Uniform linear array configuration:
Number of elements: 8
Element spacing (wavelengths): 1
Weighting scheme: binomial
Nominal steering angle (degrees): -60
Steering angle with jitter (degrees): -59.938
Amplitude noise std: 0.05
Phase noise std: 0.05

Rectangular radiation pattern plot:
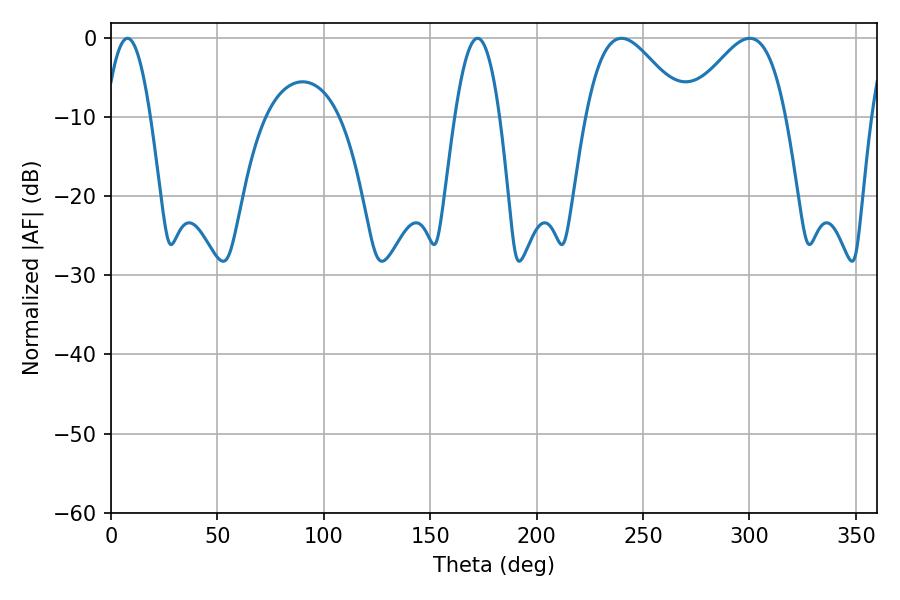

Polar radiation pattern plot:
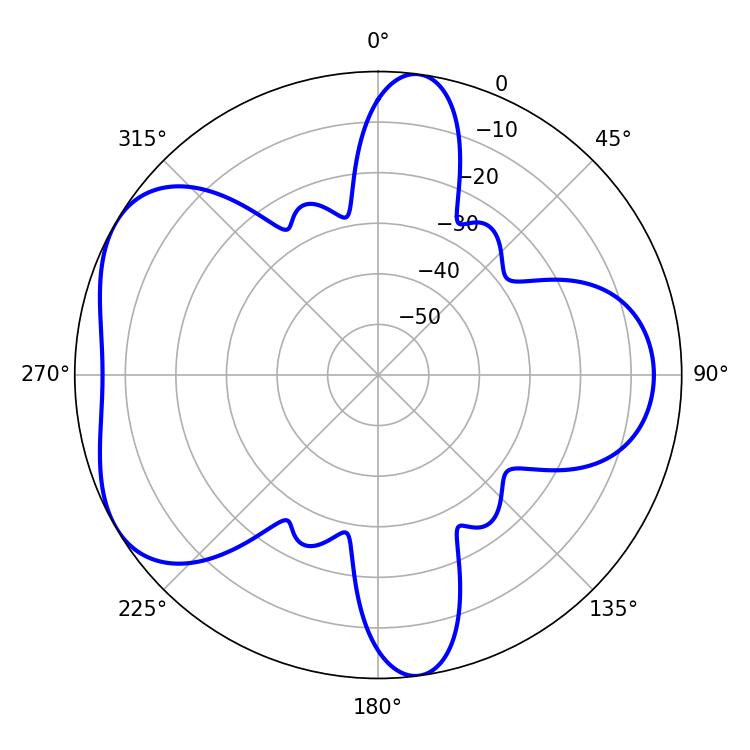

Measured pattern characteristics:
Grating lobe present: TRUE
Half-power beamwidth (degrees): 11.34
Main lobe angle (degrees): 7.74